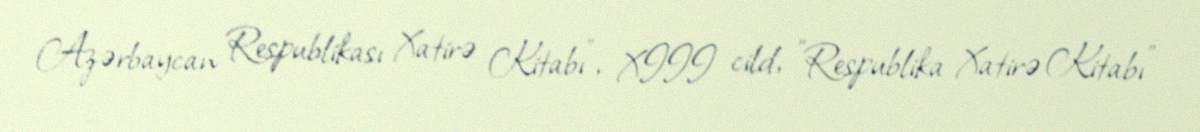
Azərbaycan Respublikası Xatirə Kitabı", XIII cild, "Respublika Xatirə Kitabı"